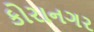
કોરાનગર